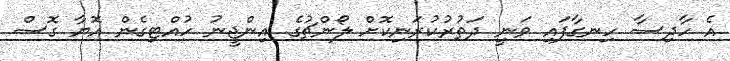
އެ ހާދިސާ ހިނގާފައި ވަނީ ދަތުރުކުރަނިކޮށް ލޯންޗުގެ އިންޖީނު ހުއްޓިގެން އޮޔާ ގޮސް